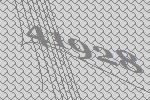
41928